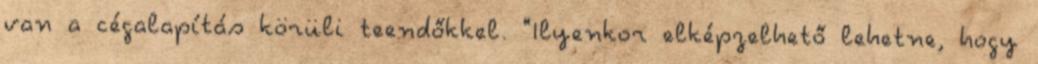
van a cégalapítás körüli teendőkkel. "Ilyenkor elképzelhető lehetne, hogy